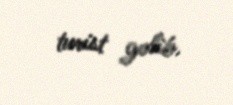
turist gəlib.